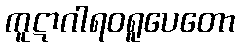
ကူဋာဂါရဝရူပေတော